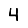
Digit: 4